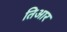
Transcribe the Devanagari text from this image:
तिआर